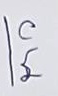
บน